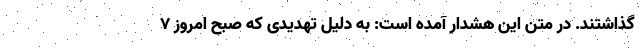
گذاشتند. در متن این هشدار آمده است: به دلیل تهدیدی که صبح امروز ۷